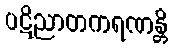
ပဋိညာတကရဏန္တိ